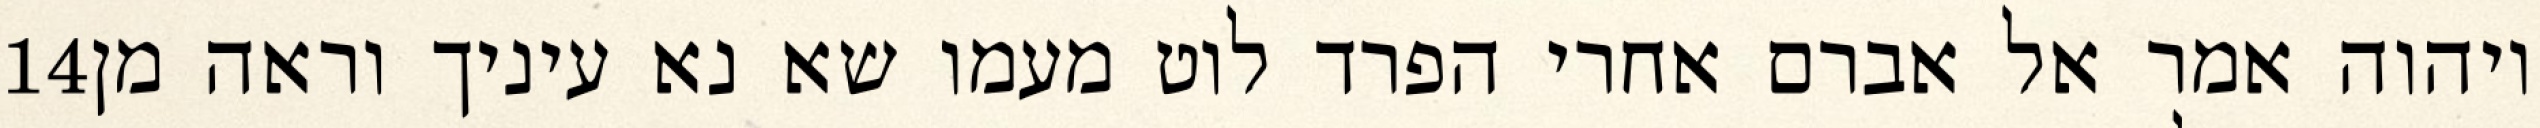
‎14‏ ויהוה אמר אל אברם אחרי הפרד לוט מעמו שא נא עיניך וראה מן